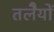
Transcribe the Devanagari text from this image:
तलेैयों